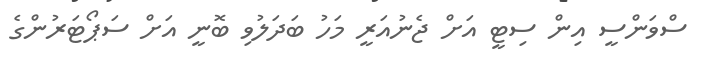
ސްވަންސީ އިން ސިޓީ އަށް ޖެނުއަރީ މަހު ބަދަލުވި ބޮނީ އަށް ސަޕޯޓަރުންގެ